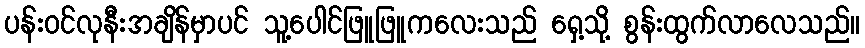
ပန်းဝင်လုနီးအချိန်မှာပင် သူ့ပေါင်ဖြူဖြူကလေးသည် ရှေ့သို့ စွန်းထွက်လာလေသည်။